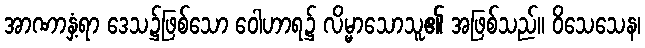
အာဏာနှံ့ရာ ဒေသ၌ဖြစ်သော ဝေါဟာရ၌ လိမ္မာသောသူ၏ အဖြစ်သည်။ ဝိသေသေန၊